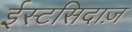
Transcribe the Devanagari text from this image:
ईस्टसिदाज़